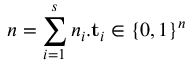
n = \sum _ { i = 1 } ^ { s } n _ { i } . \mathbf { t } _ { i } \in \{ 0 , 1 \} ^ { n }